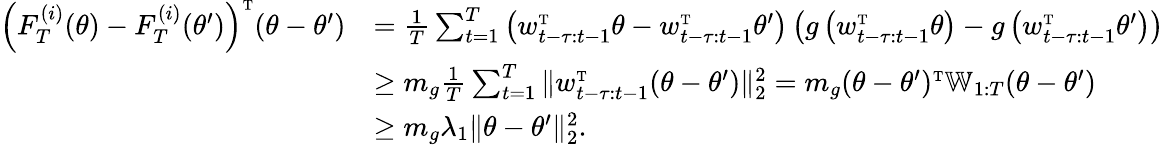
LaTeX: \begin{array}{rl}{\left(F_{T}^{(i)}(\theta)-F_{T}^{(i)}(\theta^{\prime})\right)^{\mathrm{\scriptscriptstyle T}}(\theta-\theta^{\prime})}&{=\frac{1}{T}\sum_{t=1}^{T}\left(w_{t-\tau:t-1}^{\mathrm{\scriptscriptstyle T}}\theta-w_{t-\tau:t-1}^{\mathrm{\scriptscriptstyle T}}\theta^{\prime}\right)\left(g\left(w_{t-\tau:t-1}^{\mathrm{\scriptscriptstyle T}}\theta\right)-g\left(w_{t-\tau:t-1}^{\mathrm{\scriptscriptstyle T}}\theta^{\prime}\right)\right)}\\ &{\geq m_{g}\frac{1}{T}\sum_{t=1}^{T}\| w_{t-\tau:t-1}^{\mathrm{\scriptscriptstyle T}}(\theta-\theta^{\prime})\| _{2}^{2}=m_{g}(\theta-\theta^{\prime})^{\mathrm{\scriptscriptstyle T}}\mathbb{W}_{1:T}(\theta-\theta^{\prime})}\\ &{\geq m_{g}\lambda_{1}\| \theta-\theta^{\prime}\| _{2}^{2}.}\end{array}